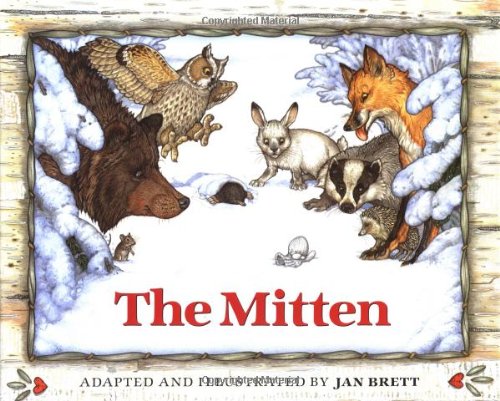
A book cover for The Mitten; Jan Brett; Children's Books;